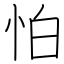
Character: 怕